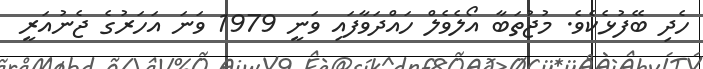
ހެދި ބޭފުޅެކެވެ. މުޖުތަބާ އޯލެވެލް ހައްދަވާފައި ވަނީ 1979 ވަނަ އަހަރުގެ ޖެނުއަރީ